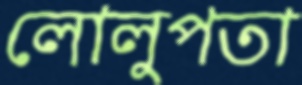
লোলুপতা